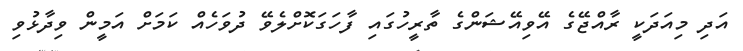
އަދި މިއަދަކީ ރާއްޖޭގެ އޭވިއޭޝަންގެ ތާރީހުގައި ފާހަގަކޮށްލެވޭ ދުވަހެއް ކަމަށް އަމީން ވިދާޅުވި